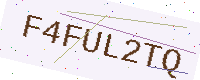
Text: F4FUL2TQ